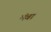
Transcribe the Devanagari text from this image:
मंबा